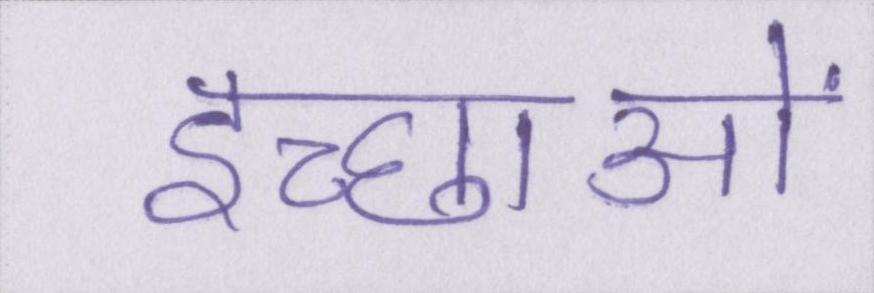
इच्छाओं